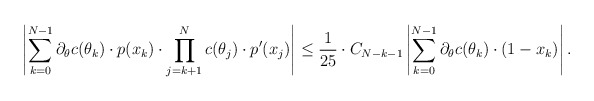
\begin{align*}\left| \sum \limits_{k=0}^{N-1} \partial_\theta c(\theta_k) \cdot p(x_k) \cdot \prod \limits_{j=k+1}^{N} c(\theta_j) \cdot p'(x_j) \right| &\leq\frac1{25} \cdot C_{N-k-1} \left| \sum \limits_{k=0}^{N-1} \partial_\theta c(\theta_k) \cdot (1-x_k) \right|.\end{align*}